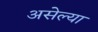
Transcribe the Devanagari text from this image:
असेल्या